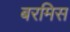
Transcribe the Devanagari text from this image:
बरमिस